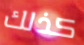
كذلك